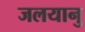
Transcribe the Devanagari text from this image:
जलयानु